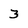
Character: 3